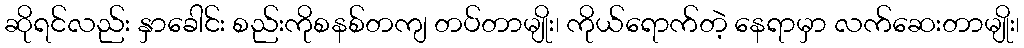
ဆိုရင်လည်း နှာခေါင်း စည်းကိုစနစ်တကျ တပ်တာမျိုး၊ ကိုယ်ရောက်တဲ့ နေရာမှာ လက်ဆေးတာမျိုး၊